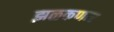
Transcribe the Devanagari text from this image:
झळकणार